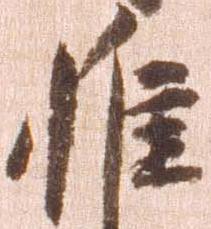
惟